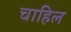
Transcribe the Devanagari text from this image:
चाहिल